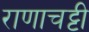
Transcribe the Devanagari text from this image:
राणाचट्टी